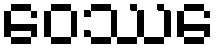
ဝေဿေ